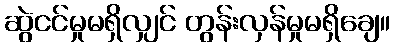
ဆွဲငင်မှုမရှိလျှင် တွန်းလှန်မှုမရှိချေ။